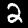
Label: 2